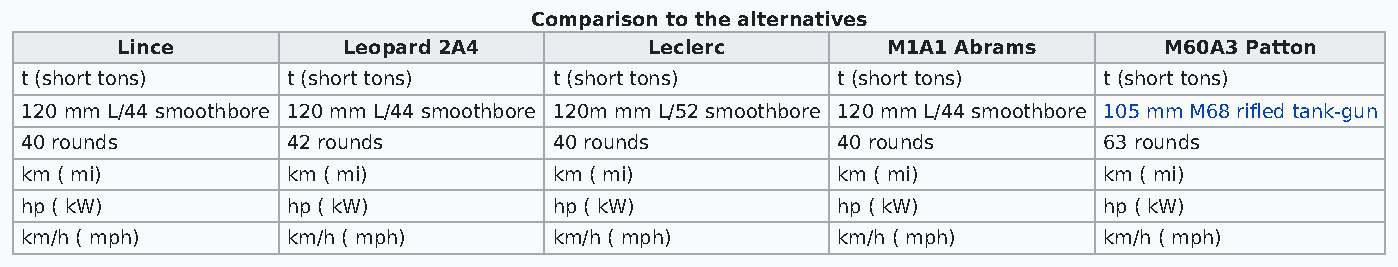
Comparison to the alternatives
 Lince          Leopard 2A4         Leclerc         M1A1 Abrams       M60A3 Patton
 t (short tons)    t (short tons)    t (short tons)    t (short tons)    t (short tons)
 120 mm L/44 smoothbore 120 mm L/44 smoothbore 120m mm L/52 smoothbore 120 mm L/44 smoothbore 105 mm M68 rifled tank-gun
 40 rounds         42 rounds         40 rounds         40 rounds         63 rounds
 km ( mi)          km ( mi)          km ( mi)          km ( mi)          km ( mi)
 hp ( kW)          hp ( kW)          hp ( kW)          hp ( kW)          hp ( kW)
 km/h ( mph)       km/h ( mph)       km/h ( mph)       km/h ( mph)       km/h ( mph)